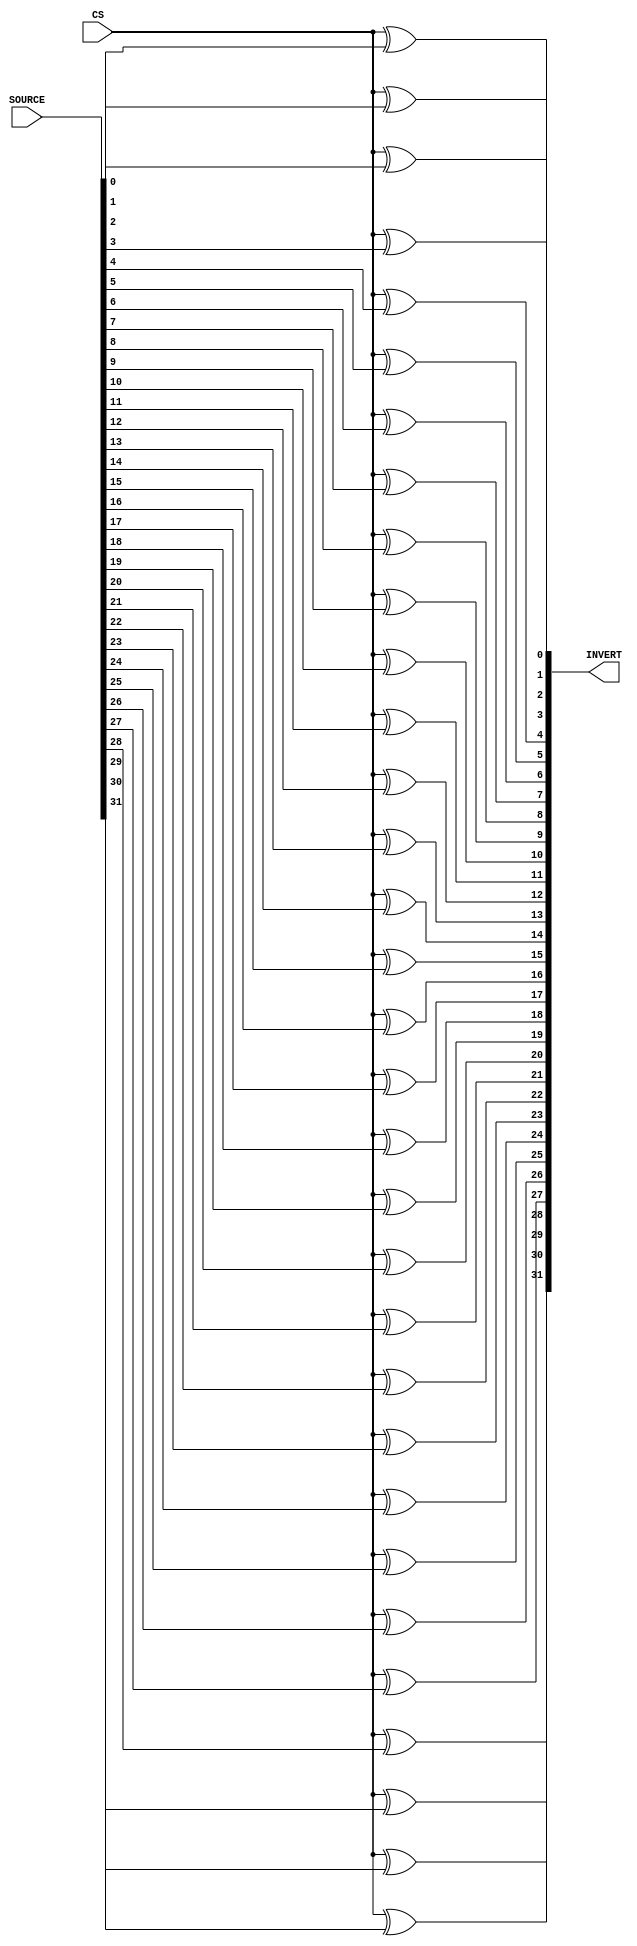
`timescale 1ns / 1ps
module Adder_invert
(
    SOURCE,
    CS,
    INVERT
);

    input [31:0]SOURCE;
    input CS;

    output [31:0]INVERT;

    assign INVERT[0]=CS^SOURCE[0];
    assign INVERT[1]=CS^SOURCE[1];
    assign INVERT[2]=CS^SOURCE[2];
    assign INVERT[3]=CS^SOURCE[3];
    assign INVERT[4]=CS^SOURCE[4];
    assign INVERT[5]=CS^SOURCE[5];
    assign INVERT[6]=CS^SOURCE[6];
    assign INVERT[7]=CS^SOURCE[7];
    assign INVERT[8]=CS^SOURCE[8];
    assign INVERT[9]=CS^SOURCE[9];
    assign INVERT[10]=CS^SOURCE[10];
    assign INVERT[11]=CS^SOURCE[11];
    assign INVERT[12]=CS^SOURCE[12];
    assign INVERT[13]=CS^SOURCE[13];
    assign INVERT[14]=CS^SOURCE[14];
    assign INVERT[15]=CS^SOURCE[15];
    assign INVERT[16]=CS^SOURCE[16];
    assign INVERT[17]=CS^SOURCE[17];
    assign INVERT[18]=CS^SOURCE[18];
    assign INVERT[19]=CS^SOURCE[19];
    assign INVERT[20]=CS^SOURCE[20];
    assign INVERT[21]=CS^SOURCE[21];
    assign INVERT[22]=CS^SOURCE[22];
    assign INVERT[23]=CS^SOURCE[23];
    assign INVERT[24]=CS^SOURCE[24];
    assign INVERT[25]=CS^SOURCE[25];
    assign INVERT[26]=CS^SOURCE[26];
    assign INVERT[27]=CS^SOURCE[27];
    assign INVERT[28]=CS^SOURCE[28];
    assign INVERT[29]=CS^SOURCE[29];
    assign INVERT[30]=CS^SOURCE[30];
    assign INVERT[31]=CS^SOURCE[31];

endmodule